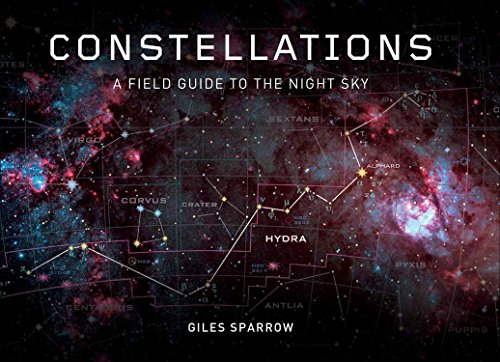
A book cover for Constellations: A Field Guide To The Night Sky; Giles Sparrow; Science & Math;